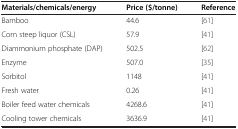
<table><thead><tr><td><b>Materials/chemicals/energy</b></td><td><b>Price ($/tonne)</b></td><td><b>Reference</b></td></tr></thead><tbody><tr><td>Bamboo</td><td>44.6</td><td>[61]</td></tr><tr><td>Corn steep liquor (CSL)</td><td>57.9</td><td>[41]</td></tr><tr><td>Diammonium phosphate (DAP)</td><td>502.5</td><td>[62]</td></tr><tr><td>Enzyme</td><td>507.0</td><td>[35]</td></tr><tr><td>Sorbitol</td><td>1148</td><td>[41]</td></tr><tr><td>Fresh water</td><td>0.26</td><td>[41]</td></tr><tr><td>Boiler feed water chemicals</td><td>4268.6</td><td>[41]</td></tr><tr><td>Cooling tower chemicals</td><td>3636.9</td><td>[41]</td></tr></tbody></table>